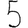
Digit: 5